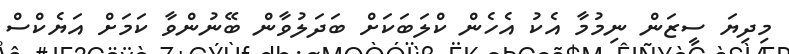
މިދިޔަ ސީޒަން ނިމުމާ އެކު އެހެން ކްލަބަކަށް ބަދަލުވާން ބޭނުންވާ ކަމަށް އަޔެކްސް